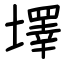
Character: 墿